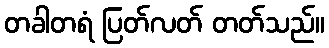
တခါတရံ ပြတ်လတ် တတ်သည်။